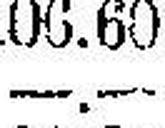
—.—